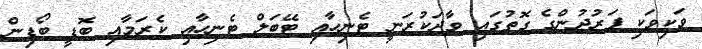
ވަކިވަކި ފަރުދުންގެ ގޮތުގައި ވާދަކުރަނީ ޓެނިހާއި ޓޭބަލް ޓެނިހާއި ކެރަމާއި ބޮޑީ ބޯޑިން